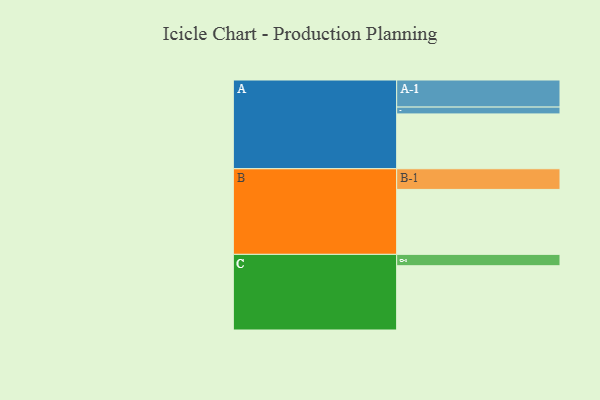
{"axis": {"x": "Segment", "y": "Value"}, "legend": ["", "A", "B", "C"], "data": [{"x": "A", "y": 401, "type": ""}, {"x": "B", "y": 475, "type": ""}, {"x": "C", "y": 470, "type": ""}, {"x": "A-1", "y": 198, "type": "A"}, {"x": "A-2", "y": 50, "type": "A"}, {"x": "B-1", "y": 151, "type": "B"}, {"x": "C-1", "y": 83, "type": "C"}]}